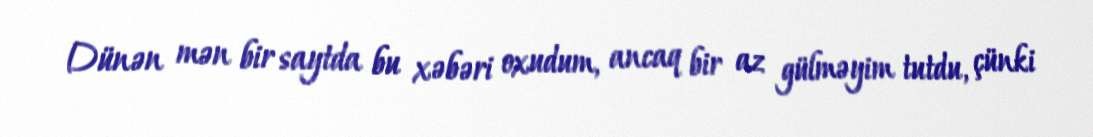
Dünən mən bir saytda bu xəbəri oxudum, ancaq bir az gülməyim tutdu, çünki